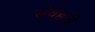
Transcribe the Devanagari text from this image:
संवंहनी